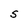
Character: S